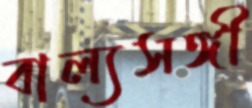
বাল্যসঙ্গী